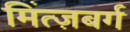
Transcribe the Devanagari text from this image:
मिंत्ज़बर्ग